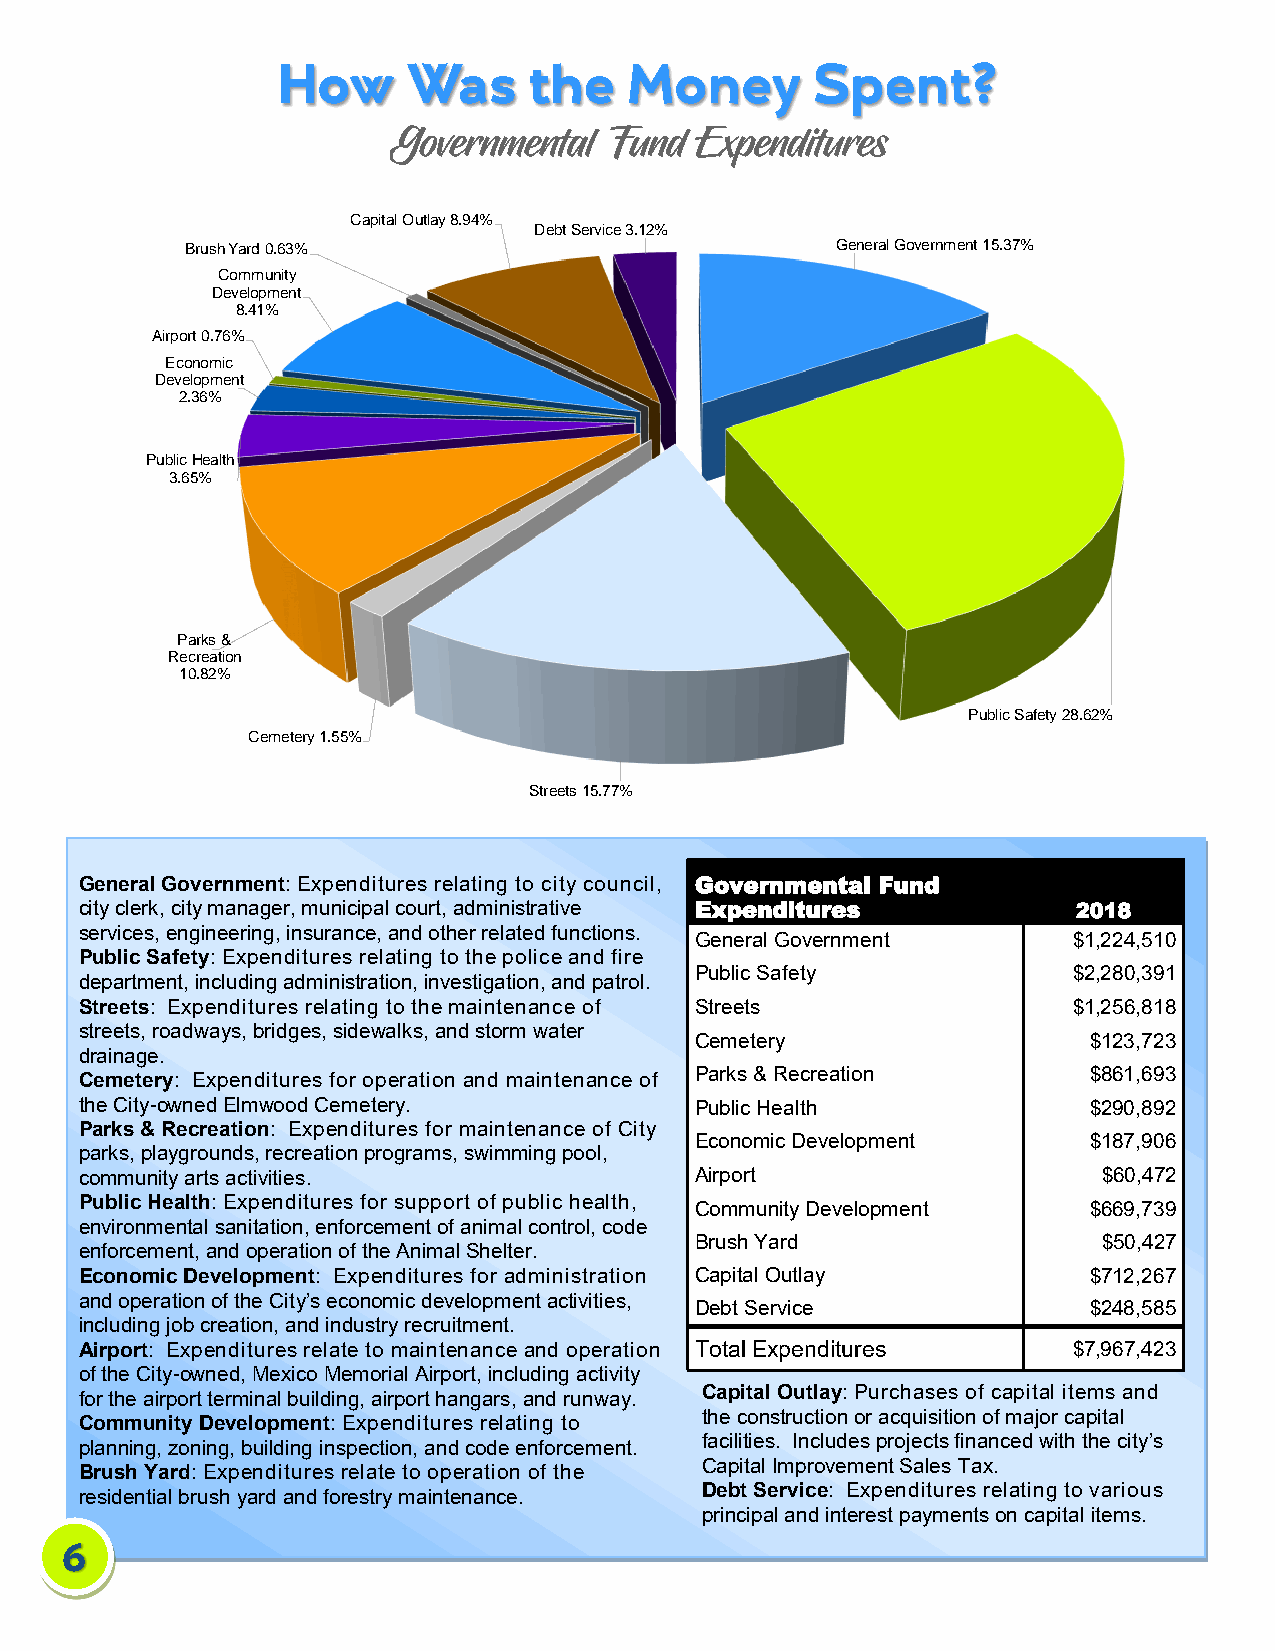
Capital Outlay 8.94%
 Debt Service 3.12%
 Brush Yard 0.63%                           General Government 15.37%
 Community
 Development
 8.41%
 Airport 0.76%
 Economic
 Development
 2.36%
 Public Health
 3.65%
 Parks &
 Recreation
 10.82%
 Public Safety 28.62%
 Cemetery 1.55%
 Streets 15.77%
 General Government: Expenditures relating to city council, Governmental Fund
 city clerk, city manager, municipal court, administrative Expenditures 2018
 services, engineering, insurance, and other related functions.
 General Government       $1,224,510
 Public Safety: Expenditures relating to the police and fire
 Public Safety            $2,280,391
 department, including administration, investigation, and patrol.
 Streets: Expenditures relating to the maintenance of Streets      $1,256,818
 streets, roadways, bridges, sidewalks, and storm water
 Cemetery                  $123,723
 drainage.
 Cemetery: Expenditures for operation and maintenance of Parks & Recreation $861,693
 the City-owned Elmwood Cemetery.         Public Health             $290,892
 Parks & Recreation: Expenditures for maintenance of City
 Economic Development      $187,906
 parks, playgrounds, recreation programs, swimming pool,
 community arts activities.               Airport                    $60,472
 Public Health: Expenditures for support of public health, Community Development $669,739
 environmental sanitation, enforcement of animal control, code
 Brush Yard                 $50,427
 enforcement, and operation of the Animal Shelter.
 Economic Development: Expenditures for administration Capital Outlay $712,267
 and operation of the City’s economic development activities,
 Debt Service              $248,585
 including job creation, and industry recruitment.
 Airport: Expenditures relate to maintenance and operation Total Expenditures $7,967,423
 of the City-owned, Mexico Memorial Airport, including activity
 for the airport terminal building, airport hangars, and runway. Capital Outlay: Purchases of capital items and
 Community Development: Expenditures relating to the construction or acquisition of major capital
 planning, zoning, building inspection, and code enforcement. facilities. Includes projects financed with the city’s
 Brush Yard: Expenditures relate to operation of the Capital Improvement Sales Tax.
 residential brush yard and forestry maintenance. Debt Service: Expenditures relating to various
 principal and interest payments on capital items.